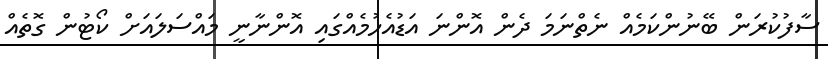
ސާފުކުރަން ބޭނުންކަމެއް ނެތްނަމަ ދެން އޮންނަ އަޑުއެހުމެއްގައި އޮންނާނީ މައްސަލައަށް ކޯޓުން ގޮތެއް